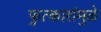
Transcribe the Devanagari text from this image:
फुत्कारांमुळे